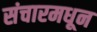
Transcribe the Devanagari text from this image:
संचारमधून